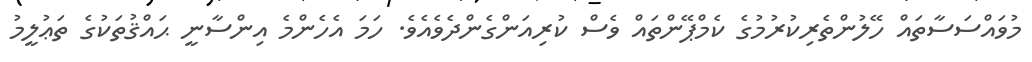
މުވައްސަސާތައް ހޭލުންތެރިކުރުމުގެ ކެމްޕޭންތައް ވެސް ކުރިއަންގެންދެވެއެވެ. ހަމަ އެހެންމެ އިންސާނީ ޙައްޤުތަކުގެ ތަޢުލީމު